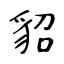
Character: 貂